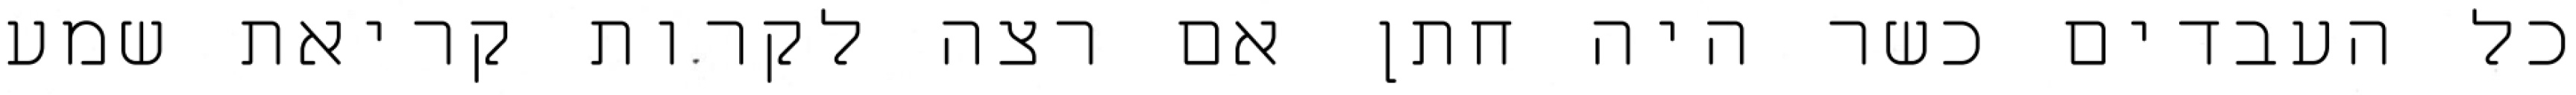
כל העבדים כשר היה חתן אם רצה לקרות קריאת שמע